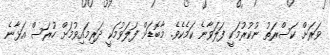
ވަރަށް ކަސްރަތު ނުކުރުމަކީ ފަލަވާނެ ކަމެކެވެ. މާބޮޑަށް ފަލަވުމަކީ ދަރިމައިވުމަށް ހުރަސް އަޅާނެ